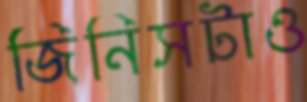
জিনিসটাও